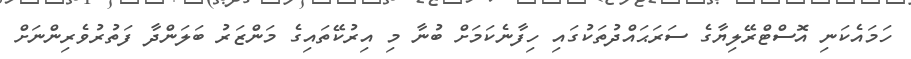
ހަމައެކަނި އޮސްޓްރޭލިޔާގެ ސަރަޙައްދުތަކުގައި ހިފާނެކަމަށް ބުނާ މި އިރުކޭތައިގެ މަންޒަރު ބަލަންދާ ފަތުރުވެރިންނަށް